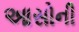
આસોની